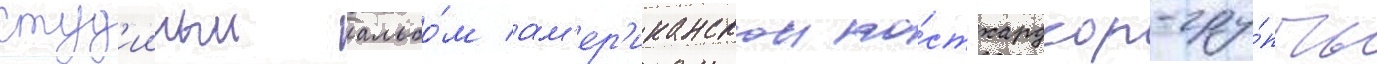
студ'ииныи альбо́м ам'ер'иканскои по́ст-хардкор-гру́ппы